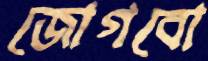
জোগবো